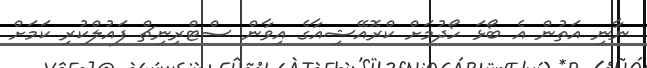
ނާނި އަތުން އެ ބޯޅަ ހޯދުމަށް ކްރޮއޭޝިއާގެ އިވާން ސްޓްރިނިޗް ފައުލްކުރި ކަމަށް